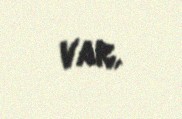
var.